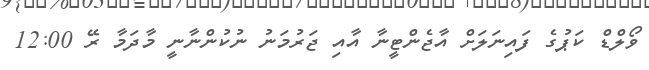
ވޯލްޑް ކަޕުގެ ފައިނަލަށް އާޖެންޓީނާ އާއި ޖަރުމަނު ނުކުންނާނީ މާދަމާ ރޭ 12:00